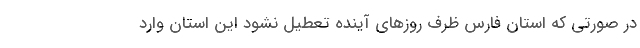
در صورتی که استان فارس ظرف روزهای آینده تعطیل نشود این استان وارد